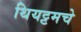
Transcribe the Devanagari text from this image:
थियट्टमचे